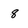
Character: 8